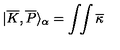
| \overline { { K } } , \overline { { P } } \rangle _ { \alpha } = \int \! \! \int \overline { { \kappa } }